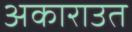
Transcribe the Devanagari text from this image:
अकाराउत